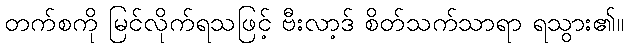
တက်စကို မြင်လိုက်ရသဖြင့် ဗီးလာ့ဒ် စိတ်သက်သာရာ ရသွား၏။